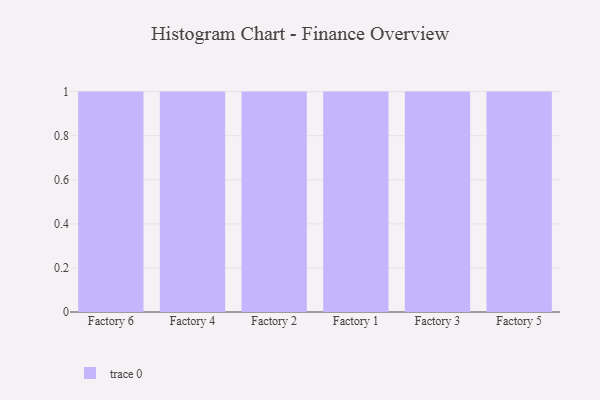
{"axis": {"x": "Factory", "y": "Waste Production (Tons)"}, "legend": [""], "data": [{"x": "Factory 6", "y": 8, "type": ""}, {"x": "Factory 4", "y": 52, "type": ""}, {"x": "Factory 2", "y": 10, "type": ""}, {"x": "Factory 1", "y": 18, "type": ""}, {"x": "Factory 3", "y": 26, "type": ""}, {"x": "Factory 5", "y": 47, "type": ""}]}